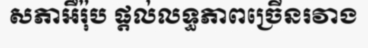
សភាអឺរ៉ុប ផ្តល់លទ្ធភាពច្រើនរវាង